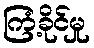
ကြံ့ခိုင်မှု